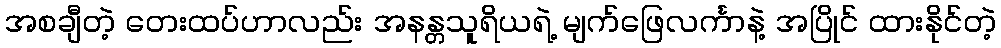
အစချီတဲ့ တေးထပ်ဟာလည်း အနန္တသူရိယရဲ့ မျက်ဖြေလင်္ကာနဲ့ အပြိုင် ထားနိုင်တဲ့